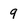
Character: 9